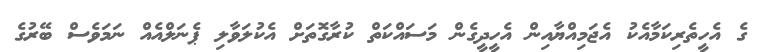
ގެ އެހީތެރިކަމާއެކު އެޖަމިއްޔާއިން އެހީދީގެން މަސައްކަތް ކުރާގޮތަށް އެކުލަވާލި ޕެނަލްއެއް ނަމަވެސް ބޭރުގެ